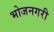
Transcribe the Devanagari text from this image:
भोजनगरी